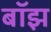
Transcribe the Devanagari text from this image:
बॉझ